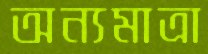
অন্যমাত্রা